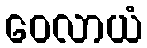
ဝေလာယံ